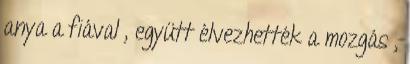
anya a fiával , együtt élvezhették a mozgás ,